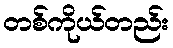
တစ်ကိုယ်တည်း